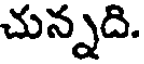
చున్నది.